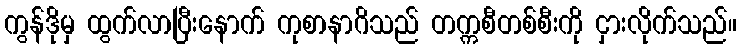
ကွန်ဒိုမှ ထွက်လာပြီးနောက် ကုစာနာဂိသည် တက္ကစီတစ်စီးကို ငှားလိုက်သည်။